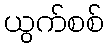
ယွက်စစ်